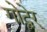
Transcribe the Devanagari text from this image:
गोद्बेर्